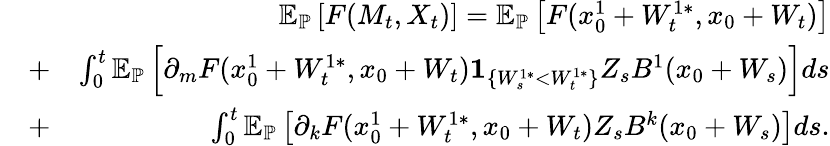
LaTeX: \begin{array}{rlr}&{}&{{\mathbb E}_{\mathbb{P}}\left[F(M_{t},X_{t})\right]={\mathbb E}_{\mathbb{P}}\left[F(x_{0}^{1}+W_{t}^{1*},x_{0}+W_{t})\right]}\\ &{+}&{\int_{0}^{t}{\mathbb E}_{\mathbb{P}}\left[\partial_{m}F(x_{0}^{1}+W_{t}^{1*},x_{0}+W_{t}){\mathbf 1}_{\{ W_{s}^{1*}<W_{t}^{1*}\} }Z_{s}B^{1}(x_{0}+W_{s})\right]ds}\\ &{+}&{\int_{0}^{t}{\mathbb E}_{\mathbb{P}}\left[\partial_{k}F(x_{0}^{1}+W_{t}^{1*},x_{0}+W_{t})Z_{s}B^{k}(x_{0}+W_{s})\right]ds.}\end{array}